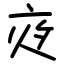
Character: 𡖍